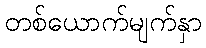
တစ်ယောက်မျက်နှာ